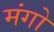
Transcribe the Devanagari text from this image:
मंगो